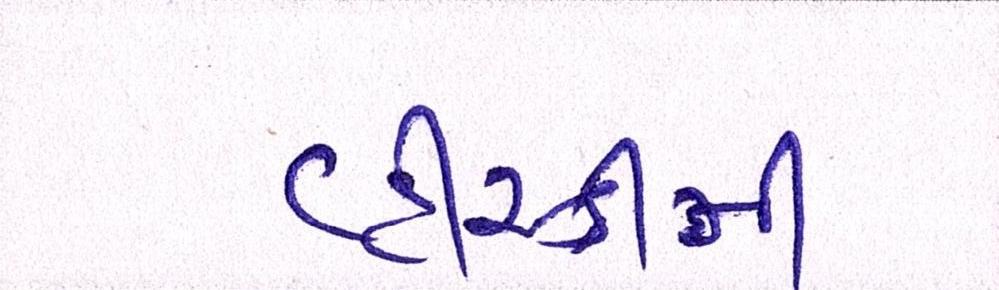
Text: વ્હીસ્કીની